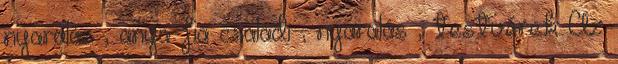
nyaralás , anya-fia családi , nyaralás , testvérek Az